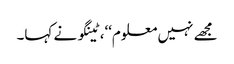
مجھے نہیں معلوم‘‘، ٹینگو نے کہا۔